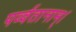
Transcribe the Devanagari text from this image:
पर्व्वतानाम्।